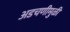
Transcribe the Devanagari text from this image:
अडचणीमुळी